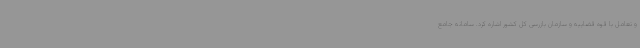
و تعامل با قوه قضاییه و سازمان بازرسی کل کشور اشاره کرد. سامانه جامع